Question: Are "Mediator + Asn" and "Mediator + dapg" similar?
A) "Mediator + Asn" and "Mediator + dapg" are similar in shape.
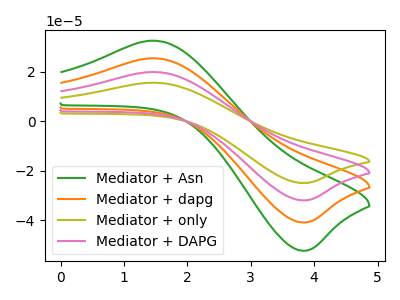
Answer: <think>The green curve "Mediator + Asn" has an anodic peak at (1.45V, 32.60uA) and a cathodic peak at (3.80V, -52.45uA). The orange curve "Mediator + dapg" has an anodic peak at (1.45V, 25.45uA) and a cathodic peak at (3.80V, -41.00uA). The olive curve "Mediator + only" has an anodic peak at (1.45V, 76.40uA) and a cathodic peak at (3.80V, -122.95uA). The pink curve "Mediator + DAPG" has an anodic peak at (1.45V, 50.95uA) and a cathodic peak at (3.80V, -82.00uA).
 All the peaks in "Mediator + Asn" have a peak in "Mediator + dapg" at the same potential. Every peak in "Mediator + Asn" is higher than every peak in "Mediator + dapg".</think>
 <answer>A) "Mediator + Asn" and "Mediator + dapg" are similar in shape.</answer>
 <eval>A</eval>